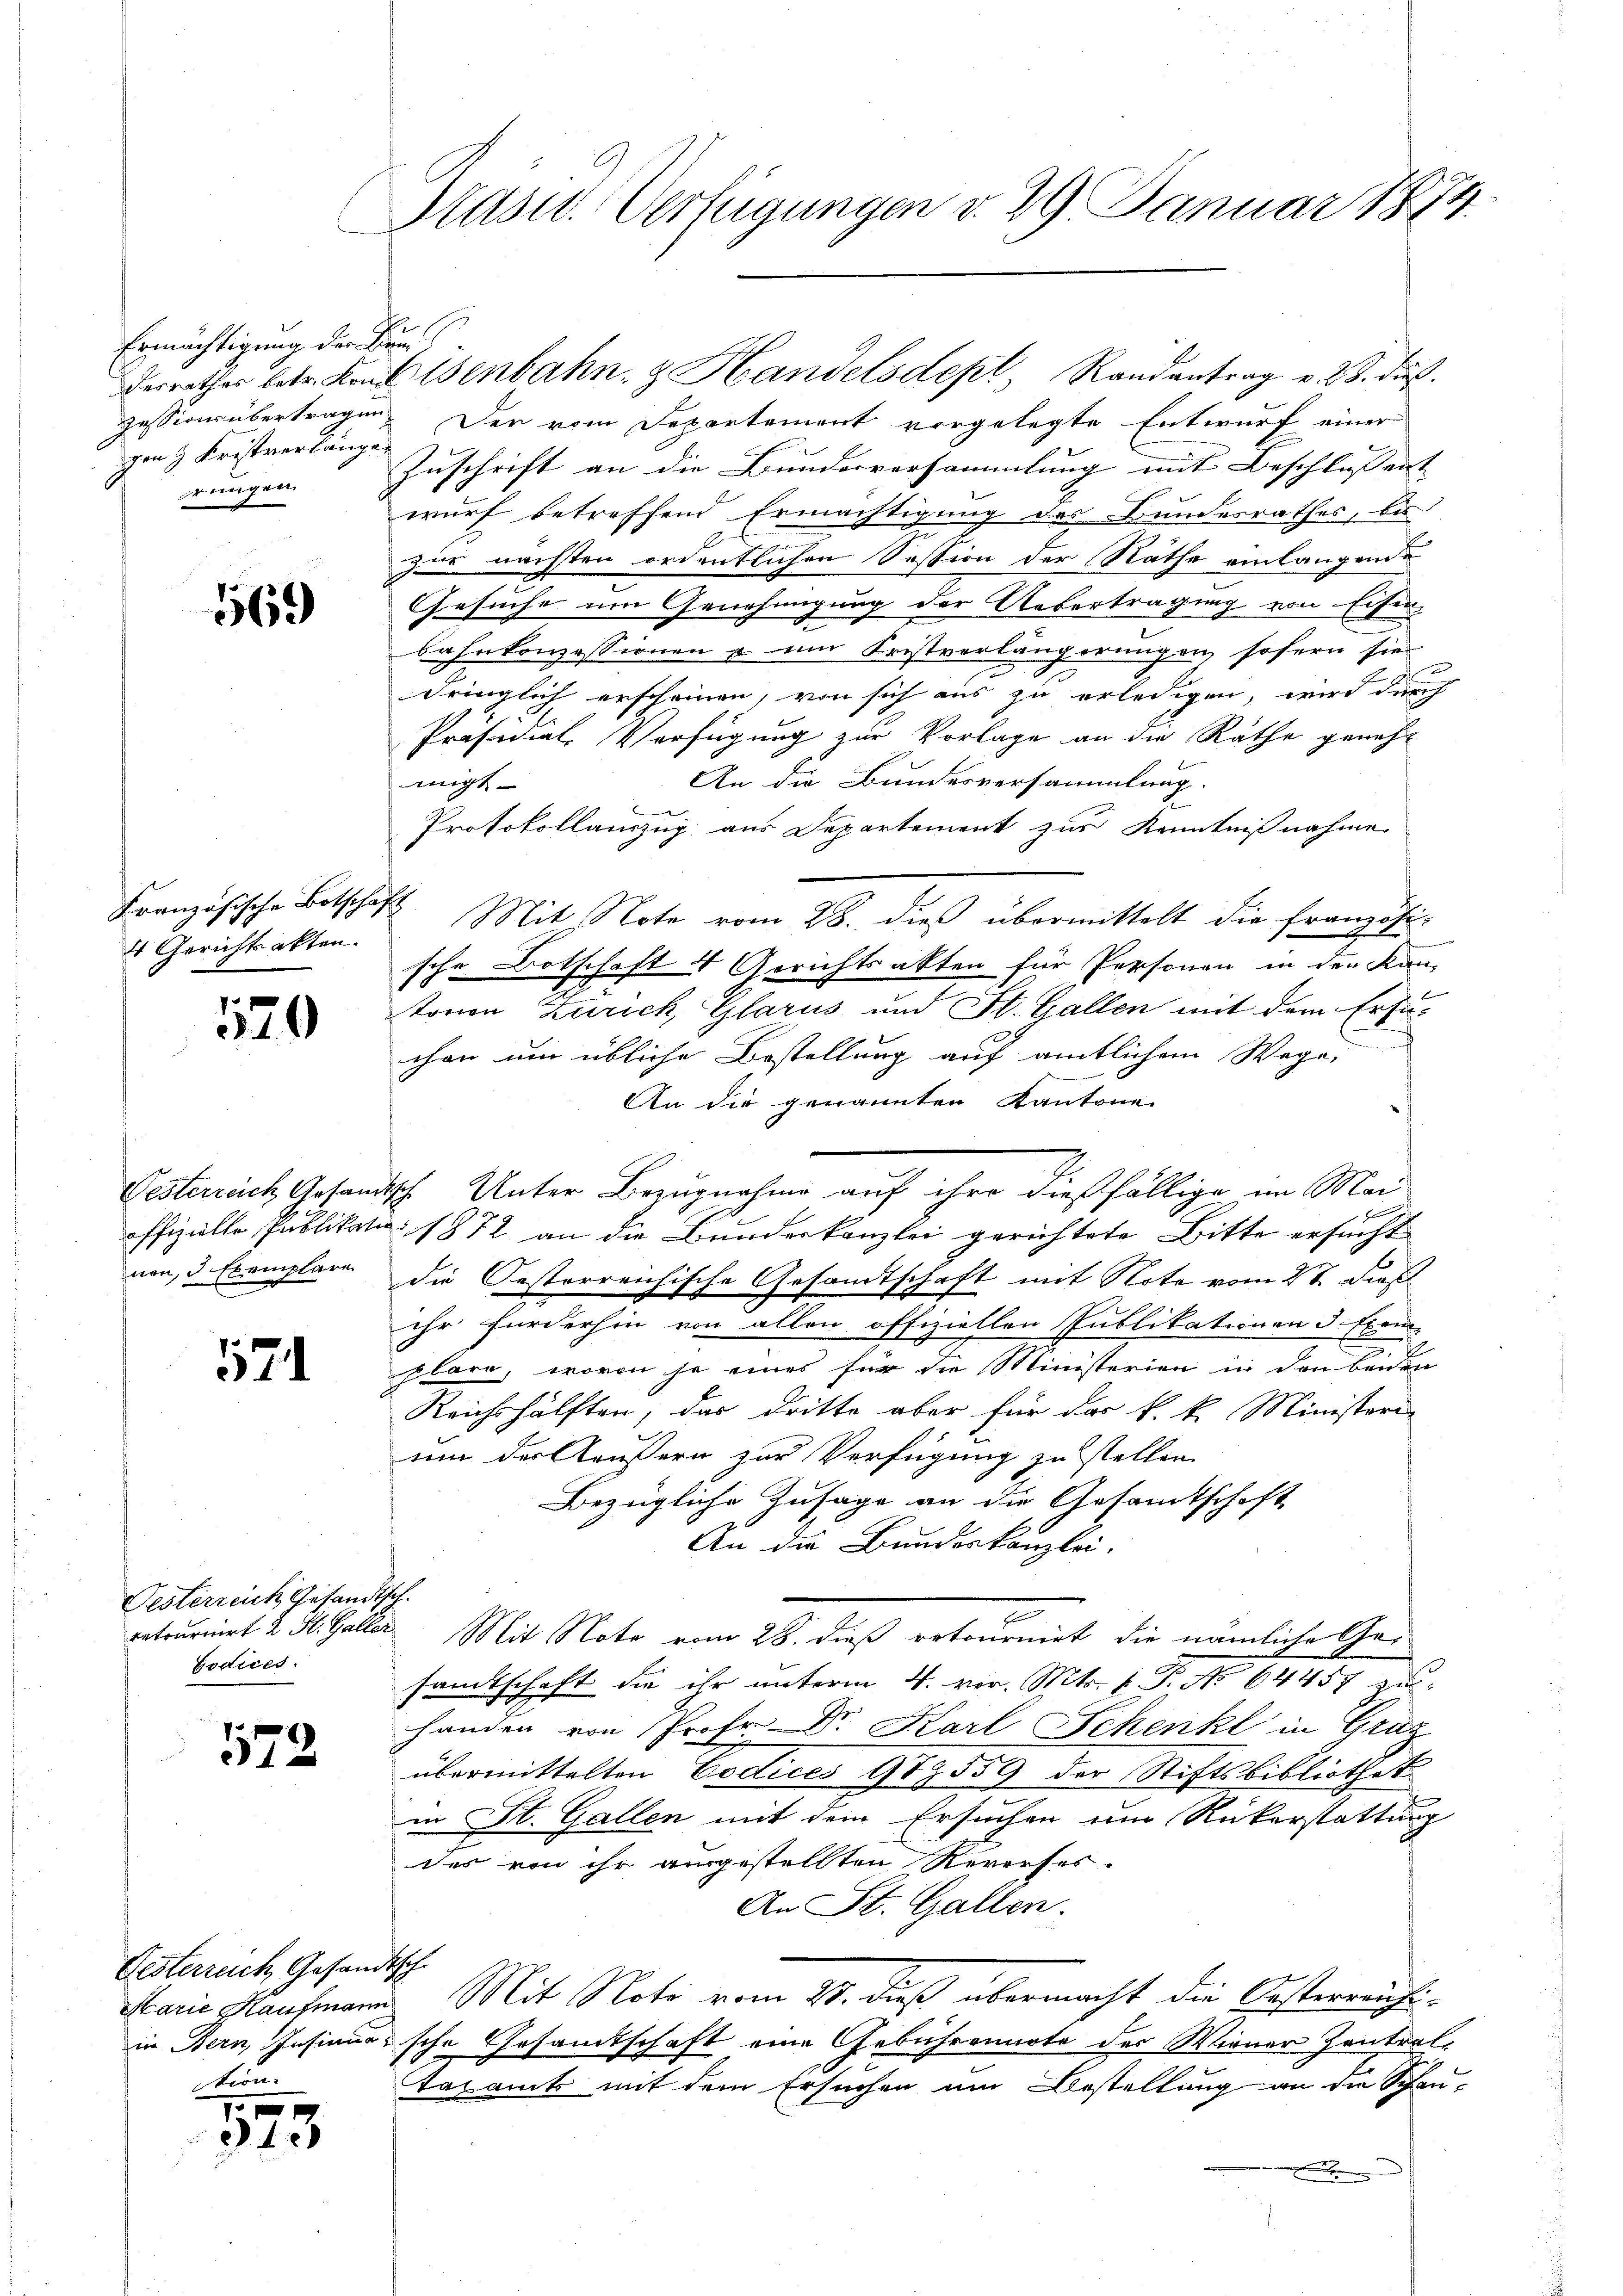
Ermächtigung der Bun
Im 3 Fristverlänger
rungen

569

Französische Botschaft
4 Gerichtsakten.

520

521

Gesterreich Gesandtsch.
Codices.

572.

Gesterreich, Gesandtsch
tion.

573

Prasur. Verfügungen d. 29. Januar 1874.

zession übertragen. Der vom Departement vorgelegte Entwurf einer
Zuschrift an die Bundesversammlung mit Beschlussent |
wurf betreffend Ermächtigung des Bundesrathes, bis
zur nächsten ordentlichen Session der Näthe einlangende
Gesuche um Genehmigung der Aebertragung von Eiferbahnkonzessionen & um Fristverlängerungen sofern sie
s
dringlich erscheinen, von sich aus zu erledigen, wird durch
Präsidial-Verfügung zur Vorlage an die Räthe geneh-
An die Bundesversammlung.
migt.
Protokollauszug aus Departement zur Kenntnißnahme.
Mit Note vom 28. dieß übermittelt die Französi-
sche Botschaft 4 Gerichtsakten für Personen in der Kan-
tonion Zürich, Glarus und St. Gallen mit dem Ersuchen um übliche Bestellung auf amtlichem Wege,
An die genannten Kantone
Pesterrich Gesandtsche Unter Bezugnahme auf ihre dießfällige im Mai
offizielle Publikati 1872 an die Bunderkanzlei gerichtete Bitte ersucht
von, 3 Exemplare die Oesterreichische Gesamts-
chaft mit Note vom 27. Dies
ihr fürderhin von allen offiziellen Publikationen 3 Exem-
plare, wovon je eines für die Ministerien in den beiden
Reichshälften, das dritte aber für das k. k. Ministern
um der Aeußern zur Verfügung zu stellen.
Bezügliche Zusage an die Gesamtschaft
An die Bundeskanzlei.
retournirt 2 St. Galler Mit Note vom 28. dieß retournirt, die nämliche Gei
sandtschaft die ihr unterm 4. vor. Mts. f. P. No 64457 zu
handen von Prof. Dr. Karl Schenkt in Graz
übermittelten Codices 979559 der Stiftsbibliothek
in St. Gallen mit dem Ersuchen um Rükerstattung
des von ihr ausgestellten Rereeses.
An St. Gallen.
Marie Kaufmann Mit Note vom 20. dieß übermacht die Oesterreichi-
in Bern, Insinusische Gesandtschaft eine Gebührennote der Wiener Zentral¬
Taxamts mit dem Ersuchen um Bestellung an die Schau-

derrathes betr. Konfisenbahn- & Handelsdept Randantrag v. 28. dies